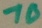
Text: 10